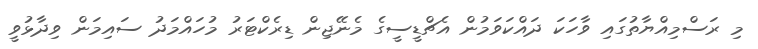
މި ރަސްމިއްޔާތުގައި ވާހަކަ ދައްކަވަމުން އެޗްޑީސީގެ މެނޭޖިން ޑިރެކްޓަރު މުހައްމަދު ސައިމަން ވިދާޅުވީ